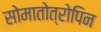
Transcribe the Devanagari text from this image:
सोमातोत्रोपिन